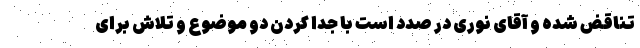
تناقض شده و آقای نوری در صدد است با جدا کردن دو موضوع و تلاش برای